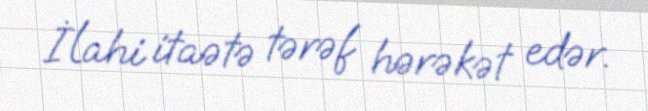
İlahi itaətə tərəf hərəkət edər.